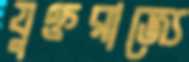
যুক্তরাজ্যে